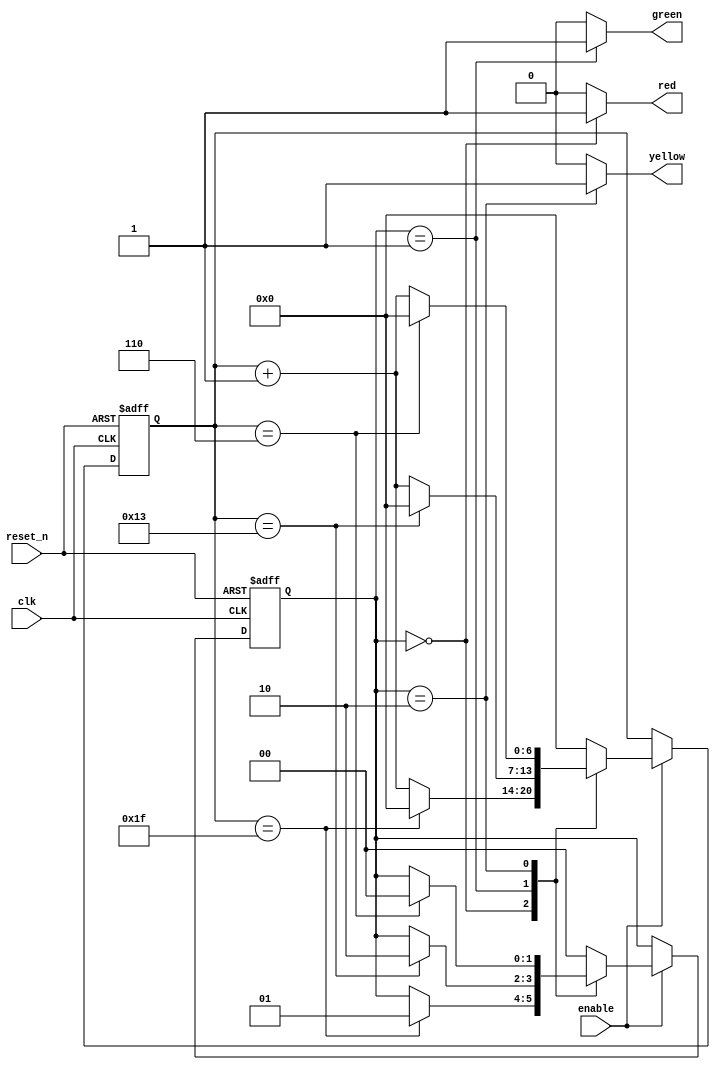
module traffic_light_fsm (
    input wire clk,
    input wire reset_n,
    input wire enable,
    output reg red,
    output reg yellow,
    output reg green
);

// Define state encoding
localparam [1:0] RED = 2'b00;
localparam [1:0] GREEN = 2'b01;
localparam [1:0] YELLOW = 2'b10;

reg [1:0] current_state, next_state;

// Clock divider
reg [6:0] clk_divider;

always @(posedge clk or negedge reset_n) begin
    if (!reset_n) begin
        clk_divider <= 7'd0;
        current_state <= RED;
    end else if (enable) begin
        // State transition on every 32, 20, or 7 clock cycles depending on the current state
        case (current_state)
            RED: begin
                if (clk_divider == 32 - 1) begin
                    clk_divider <= 7'd0;
                    current_state <= GREEN;
                end else begin
                    clk_divider <= clk_divider + 1;
                end
            end
            GREEN: begin
                if (clk_divider == 20 - 1) begin
                    clk_divider <= 7'd0;
                    current_state <= YELLOW;
                end else begin
                    clk_divider <= clk_divider + 1;
                end
            end
            YELLOW: begin
                if (clk_divider == 7 - 1) begin
                    clk_divider <= 7'd0;
                    current_state <= RED;
                end else begin
                    clk_divider <= clk_divider + 1;
                end
            end
            default: begin
                clk_divider <= 7'd0;
                current_state <= RED;
            end
        endcase
    end
end

// Next state logic
always @(*) begin
    case (current_state)
        RED: next_state = GREEN;
        GREEN: next_state = YELLOW;
        YELLOW: next_state = RED;
        default: next_state = RED;
    endcase
end

// Output logic
always @(*) begin
    red = (current_state == RED) ? 1'b1 : 1'b0;
    yellow = (current_state == YELLOW) ? 1'b1 : 1'b0;
    green = (current_state == GREEN) ? 1'b1 : 1'b0;
end

endmodule